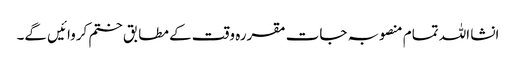
انشا اللہ تمام منصوبہ جات مقررہ وقت کے مطابق ختم کروائیں گے۔